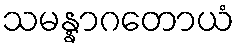
သမန္နာဂတောယံ